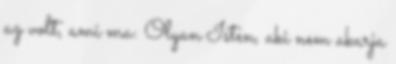
az volt, ami ma: Olyan Isten, aki nem akarja